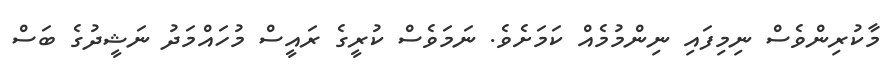
މާކުރިންވެސް ނިމިފައި ނިންމުމެއް ކަމަށެވެ. ނަމަވެސް ކުރީގެ ރައީސް މުހައްމަދު ނަޝީދުގެ ބަސް